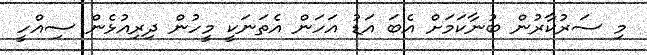
މި ސަރުކާރުން ބުނާކަމަށް އެބަ އަޑު އަހަން އެތަނަކީ މީހުން ދިރިއުޅެން ސިއްހީ